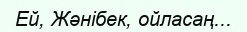
Ей, Жәнібек, ойласаң...